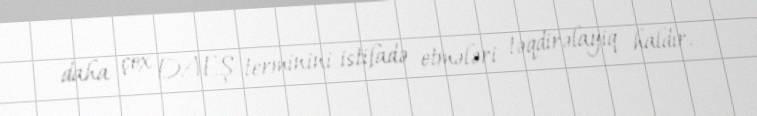
daha çox DAEŞ terminini istifadə etmələri təqdirəlayiq haldır.